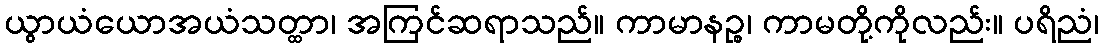
ယွာယံယောအယံသတ္ထာ၊ အကြင်ဆရာသည်။ ကာမာနဉ္စ၊ ကာမတို့ကိုလည်း။ ပရိညံ၊